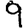
Digit: 9